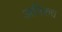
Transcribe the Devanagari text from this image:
अनिरुध